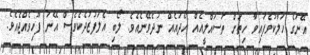
އޭނަގެ ހަލާކުވެފައިވާ ހިތަށް ތަސައްލީއެއް ހޯދައެއް ނުދެވޭނެއެވެ. ލޯބި އެލަފުޒުދެކެވެސް އޭނަ ފޫހިވެއްޖެއެވެ.